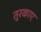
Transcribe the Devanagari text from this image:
तुरकाए